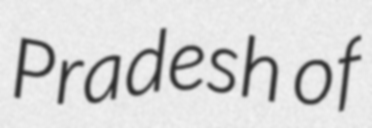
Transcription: Pradesh of